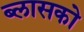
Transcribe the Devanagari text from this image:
ब्लासको